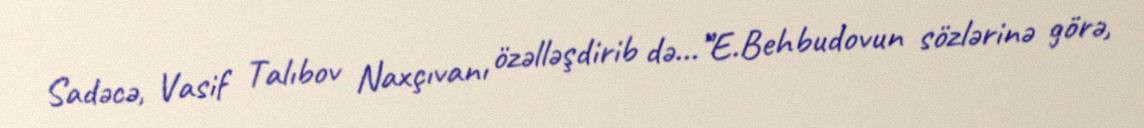
Sadəcə, Vasif Talıbov Naxçıvanı özəlləşdirib də...”E.Behbudovun sözlərinə görə,